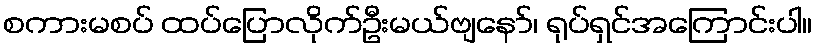
စကားမစပ် ထပ်ပြောလိုက်ဦးမယ်ဗျနော်၊ ရုပ်ရှင်အကြောင်းပါ။